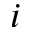
i